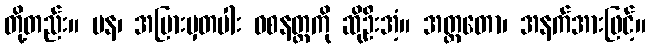
တို့တည်း။ ပန၊ အပြားမှတပါး ဝစနတ္ထကို ဆိုဦးအံ့။ အတ္ထတော၊ အနက်အားဖြင့်။